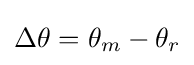
\Delta \theta =\theta _{m}-\theta _{r}